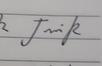
Signature authenticity: genuine